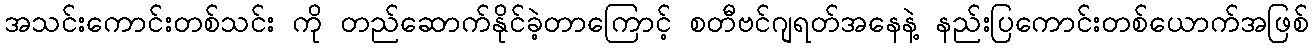
အသင်းကောင်းတစ်သင်း ကို တည်ဆောက်နိုင်ခဲ့တာကြောင့် စတီဗင်ဂျရတ်အနေနဲ့ နည်းပြကောင်းတစ်ယောက်အဖြစ်